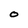
Character: O